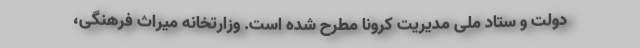
دولت و ستاد ملی مدیریت کرونا مطرح شده است. وزارتخانه میراث فرهنگی،